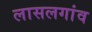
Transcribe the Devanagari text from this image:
लासलगांव